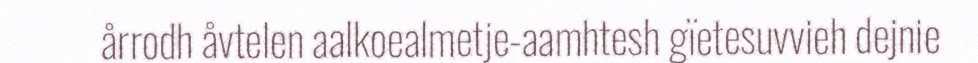
årrodh åvtelen aalkoealmetje-aamhtesh gïetesuvvieh dejnie